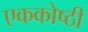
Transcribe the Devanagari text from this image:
एककोष्ठी